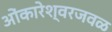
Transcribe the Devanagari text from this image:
ओंकारेश्वरजवळ